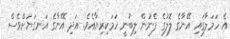
އެ ހަމަލާގައި އޭނާގެ ލޮލުގެ ފެނުން ލިބުނީ ހަމަކިރިޔާއެެވެ. އަދި އޭނާގެ އަނގަޔަށްވެސް